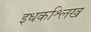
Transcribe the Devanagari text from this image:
इधकश्लिख